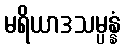
မရိယာဒသမ္ပန္နံ